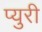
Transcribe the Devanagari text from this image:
प्युरी